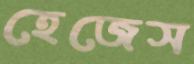
হেজেস